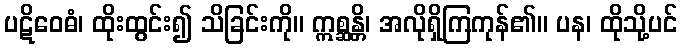
ပဋိဝေဓံ၊ ထိုးထွင်း၍ သိခြင်းကို။ ဣစ္ဆန္တိ၊ အလိုရှိကြကုန်၏။ ပန၊ ထိုသို့ပင်